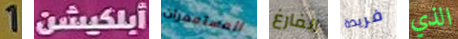
1 أبلكيشن المستعمرات الفارغ فريدة الذي